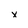
Character: x